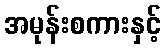
အမုန်းစကားနှင့်